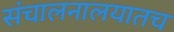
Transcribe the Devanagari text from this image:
संचालनालयातच